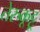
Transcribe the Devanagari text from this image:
तेरुकूट्टू